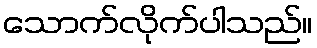
သောက်လိုက်ပါသည်။